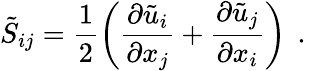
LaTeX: \tilde{S}_{ij}=\frac{1}{2}\left(\frac{\partial\tilde{u}_{i}}{\partial x_{j}}+\frac{\partial\tilde{u}_{j}}{\partial x_{i}}\right)\, \mathrm{~.~}